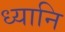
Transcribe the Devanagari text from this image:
ध्यानि